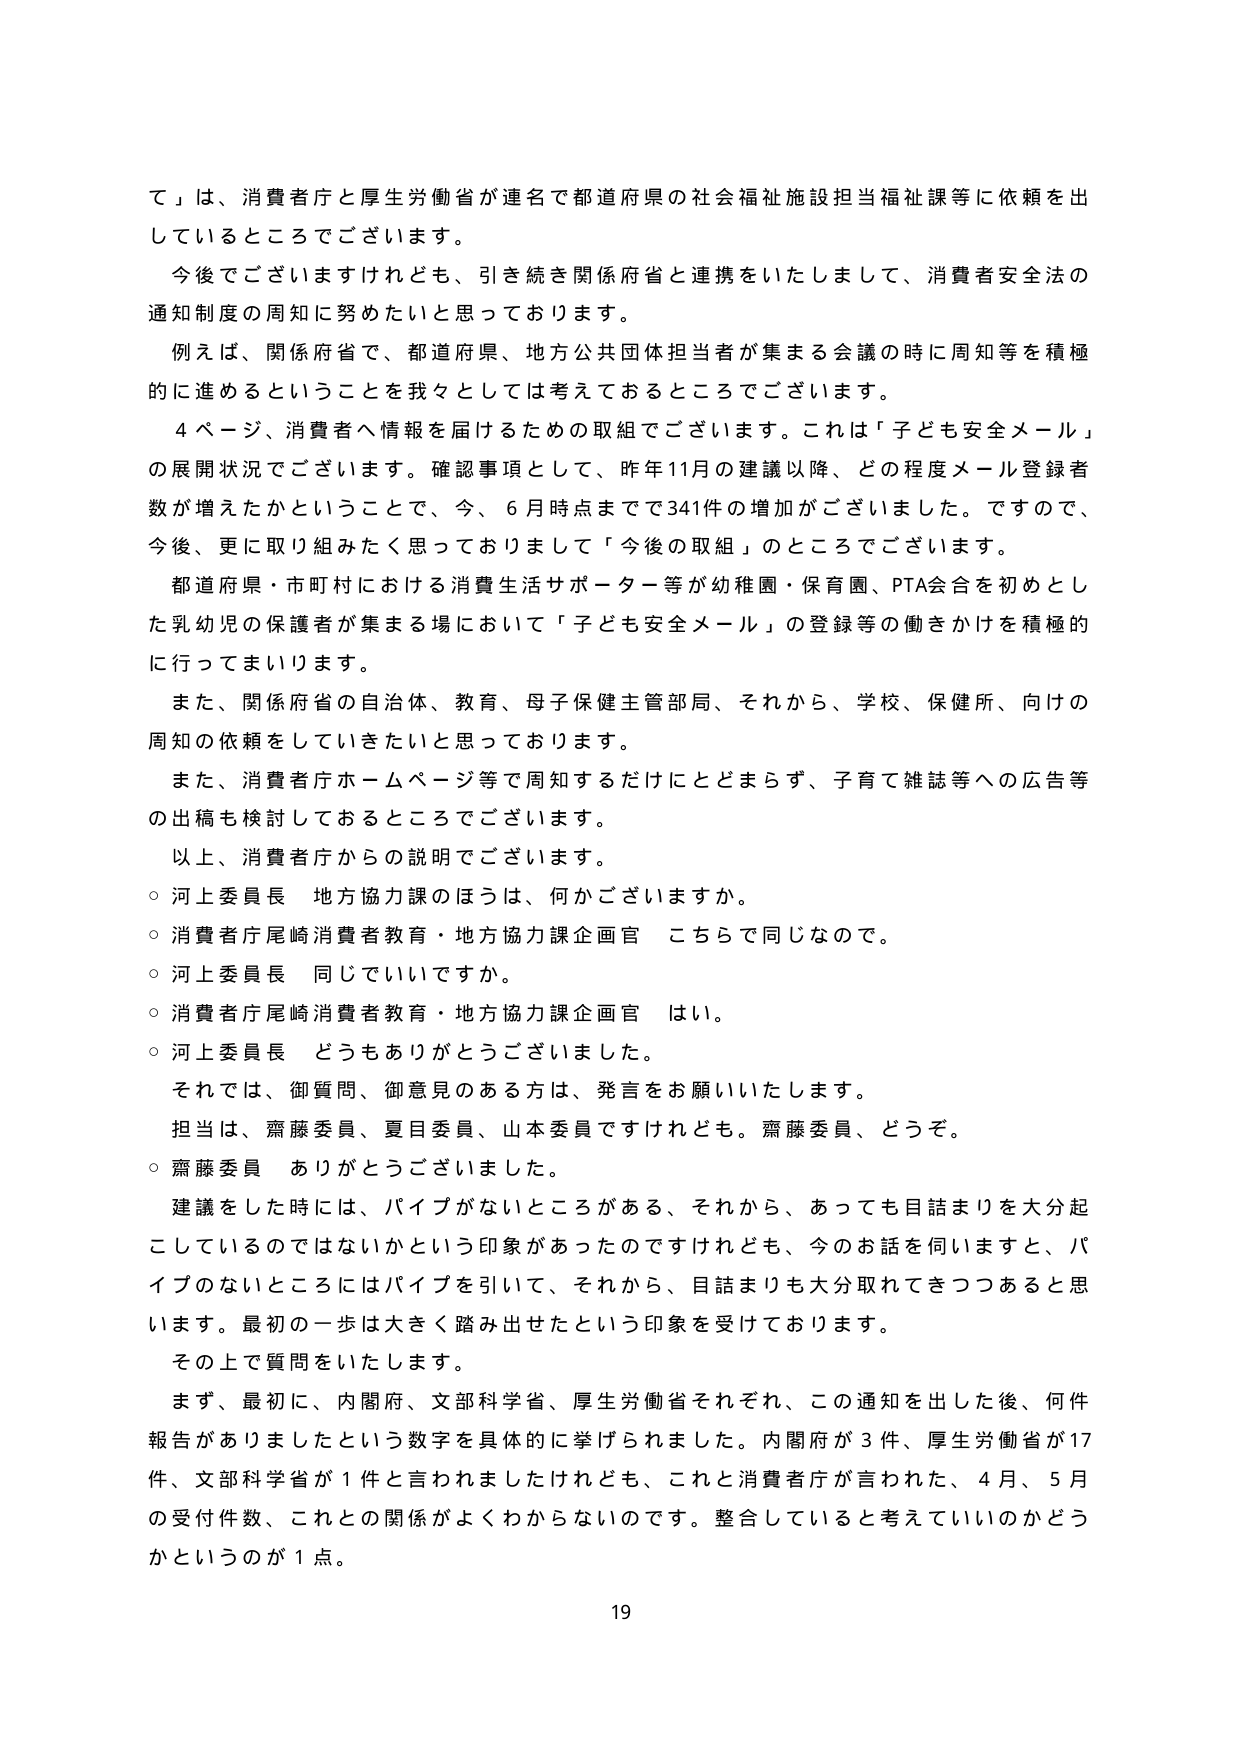
て」は、消費者庁と厚生労働省が連名で都道府県の社会福祉施設担当福祉課等に依頼を出しているところでございます。

今後でございますけれども、引き続き関係府省と連携をいたしまして、消費者安全法の通知制度の周知に努めたいと思っております。

例えば、関係府省で、都道府県、地方公共団体担当者が集まる会議の時に周知等を積極的に進めるということを我々としては考えておるところでございます。

４ページ、消費者へ情報を届けるための取組でございます。これは「子ども安全メール」の展開状況でございます。確認事項として、昨年11月の建議以降、どの程度メール登録者数が増えたかということで、今、６月時点までで341件の増加がございました。ですので、今後、更に取り組みたく思っておりまして「今後の取組」のところでございます。

都道府県・市町村における消費生活サポーター等が幼稚園・保育園、PTA会合を初めとした乳幼児の保護者が集まる場において「子ども安全メール」の登録等の働きかけを積極的に行ってまいります。

また、関係府省の自治体、教育、母子保健主管部局、それから、学校、保健所、向けの周知の依頼をしていきたいと思っております。

また、消費者庁ホームページ等で周知するだけにとどまらず、子育て雑誌等への広告等の出稿も検討しておるところでございます。

以上、消費者庁からの説明でございます。

○ 河上委員長 地方協力課のほうは、何かございますか。

○ 消費者庁尾崎消費者教育・地方協力課企画官 こちらで同じなので。

○ 河上委員長 同じでいいですか。

○ 消費者庁尾崎消費者教育・地方協力課企画官 はい。

○ 河上委員長 どうもありがとうございました。

それでは、御質問、御意見のある方は、発言をお願いいたします。

担当は、齋藤委員、夏目委員、山本委員ですけれども。齋藤委員、どうぞ。

○ 齋藤委員 ありがとうございました。

建議をした時には、パイプがないところがある、それから、あっても目詰まりを大分起こしているのではないかという印象があったのですけれども、今のお話を伺いますと、パイプのないところにはパイプを引いて、それから、目詰まりも大分取れてきつつあると思います。最初の一歩は大きく踏み出せたという印象を受けております。

その上で質問をいたします。

まず、最初に、内閣府、文部科学省、厚生労働省それぞれ、この通知を出した後、何件報告がありましたかという数字を具体的に挙げられました。内閣府が３件、厚生労働省が17件、文部科学省が１件と言われましたけれども、これと消費者庁が言われた、４月、５月の受付件数、これとの関係がよくわからないのです。整合していると考えていいのかどうかというのが１点。

19